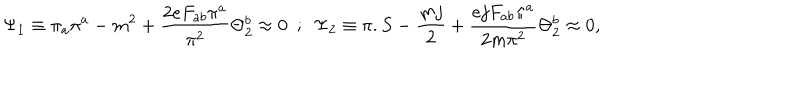
LaTeX: \Psi _ { 1 } \equiv \pi _ { a } \pi ^ { a } - m ^ { 2 } + { \frac { 2 e F _ { a b } \pi ^ { a } } { \pi ^ { 2 } } } \Theta _ { 2 } ^ { b } \approx 0 ~ ~ ; ~ ~ \Psi _ { 2 } \equiv \pi . S - { \frac { m j } { 2 } } + { \frac { e j F _ { a b } \pi ^ { a } } { 2 m \pi ^ { 2 } } } \Theta _ { 2 } ^ { b } \approx 0 ,